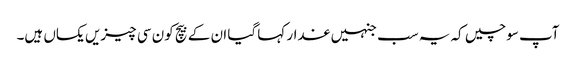
آپ سوچیں کہ یہ سب جنہیں غدار کہا گیا ان کے بیچ کون سی چیزیں یکساں ہیں۔